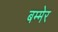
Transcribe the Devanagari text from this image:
बम्मेर